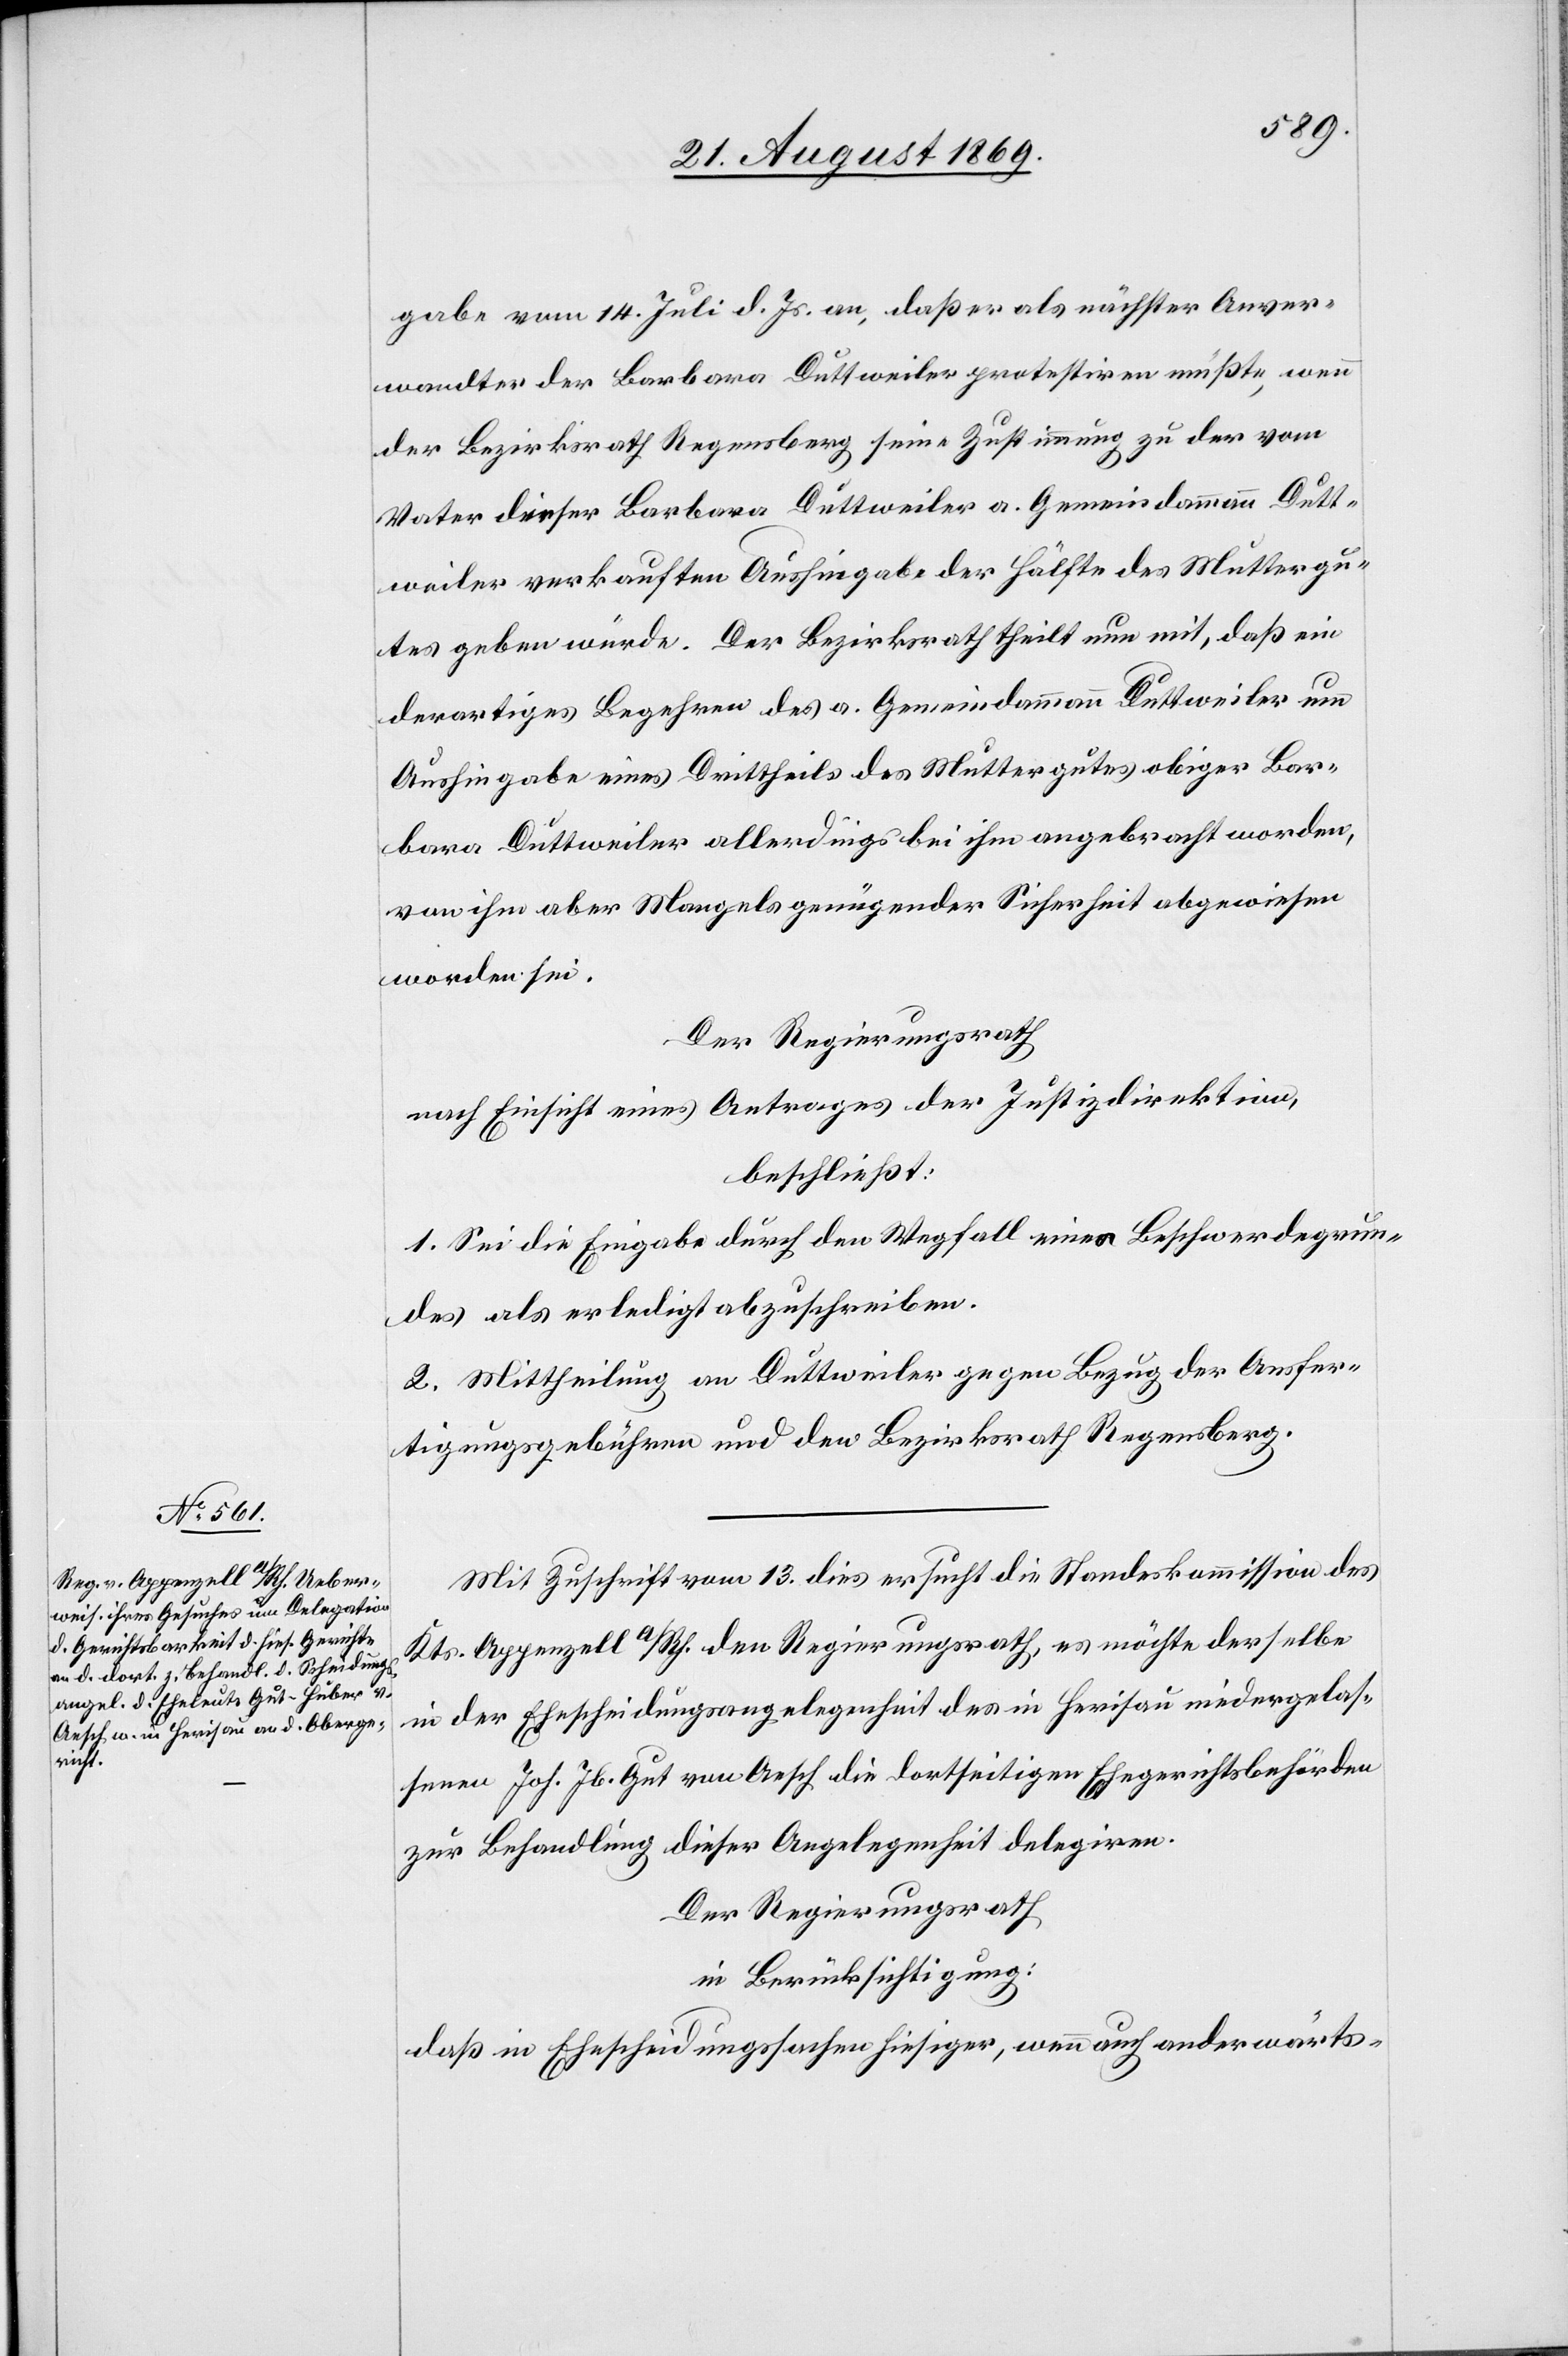
gabe vom 14. Juli d. Js. an, daß er als nächster Anver¬
wandter der Barbara Duttweiler protestiren müßte, wenn
der Bezirksrath Regensberg seine Zustimmung zu der vom
Vater dieser Barbara Duttweiler a. Gemeindammann Dutt¬
weiler verkauften Aushingabe der Hälfte des Muttergu¬
tes geben würde. Der Bezirksrath theilt nun mit, daß ein
derartiges Begehren des a. Gemeindammann Duttweiler um
Aushingabe eines Drittheils des Muttergutes obiger Bar¬
bara Duttweiler allerdings bei ihm angebracht worden,
von ihm aber Mangels genügender Sicherheit abgewiesen
worden sei.
Der Regierungsrath
nach Einsicht eines Antrages der Justizdirektion
beschließt:
1. Sei die Eingabe durch den Wegfall eines Beschwerdegrun¬
des als erledigt abzuschreiben.
2. Mittheilung an Duttweiler gegen Bezug der Ausfer¬
tigungsgebühren und den Bezirksrath Regensberg.
Mit Zuschrift vom 13. dies ersucht die Standeskommission des
Kts. Appenzell a/Rh. den Regierungsrath, es möchte derselbe
in der Ehescheidungsangelegenheit des in Herisau niedergelas¬
senen Joh. Jb. Gut von Aesch die dortseitigen Ehegerichtsbehörden
zur Behandlung dieser Angelegenheit delegiren.
Der Regierungsrath
in Berücksichtigung:
daß in Ehescheidungssachen hiesiger, wenn auch anderwärts